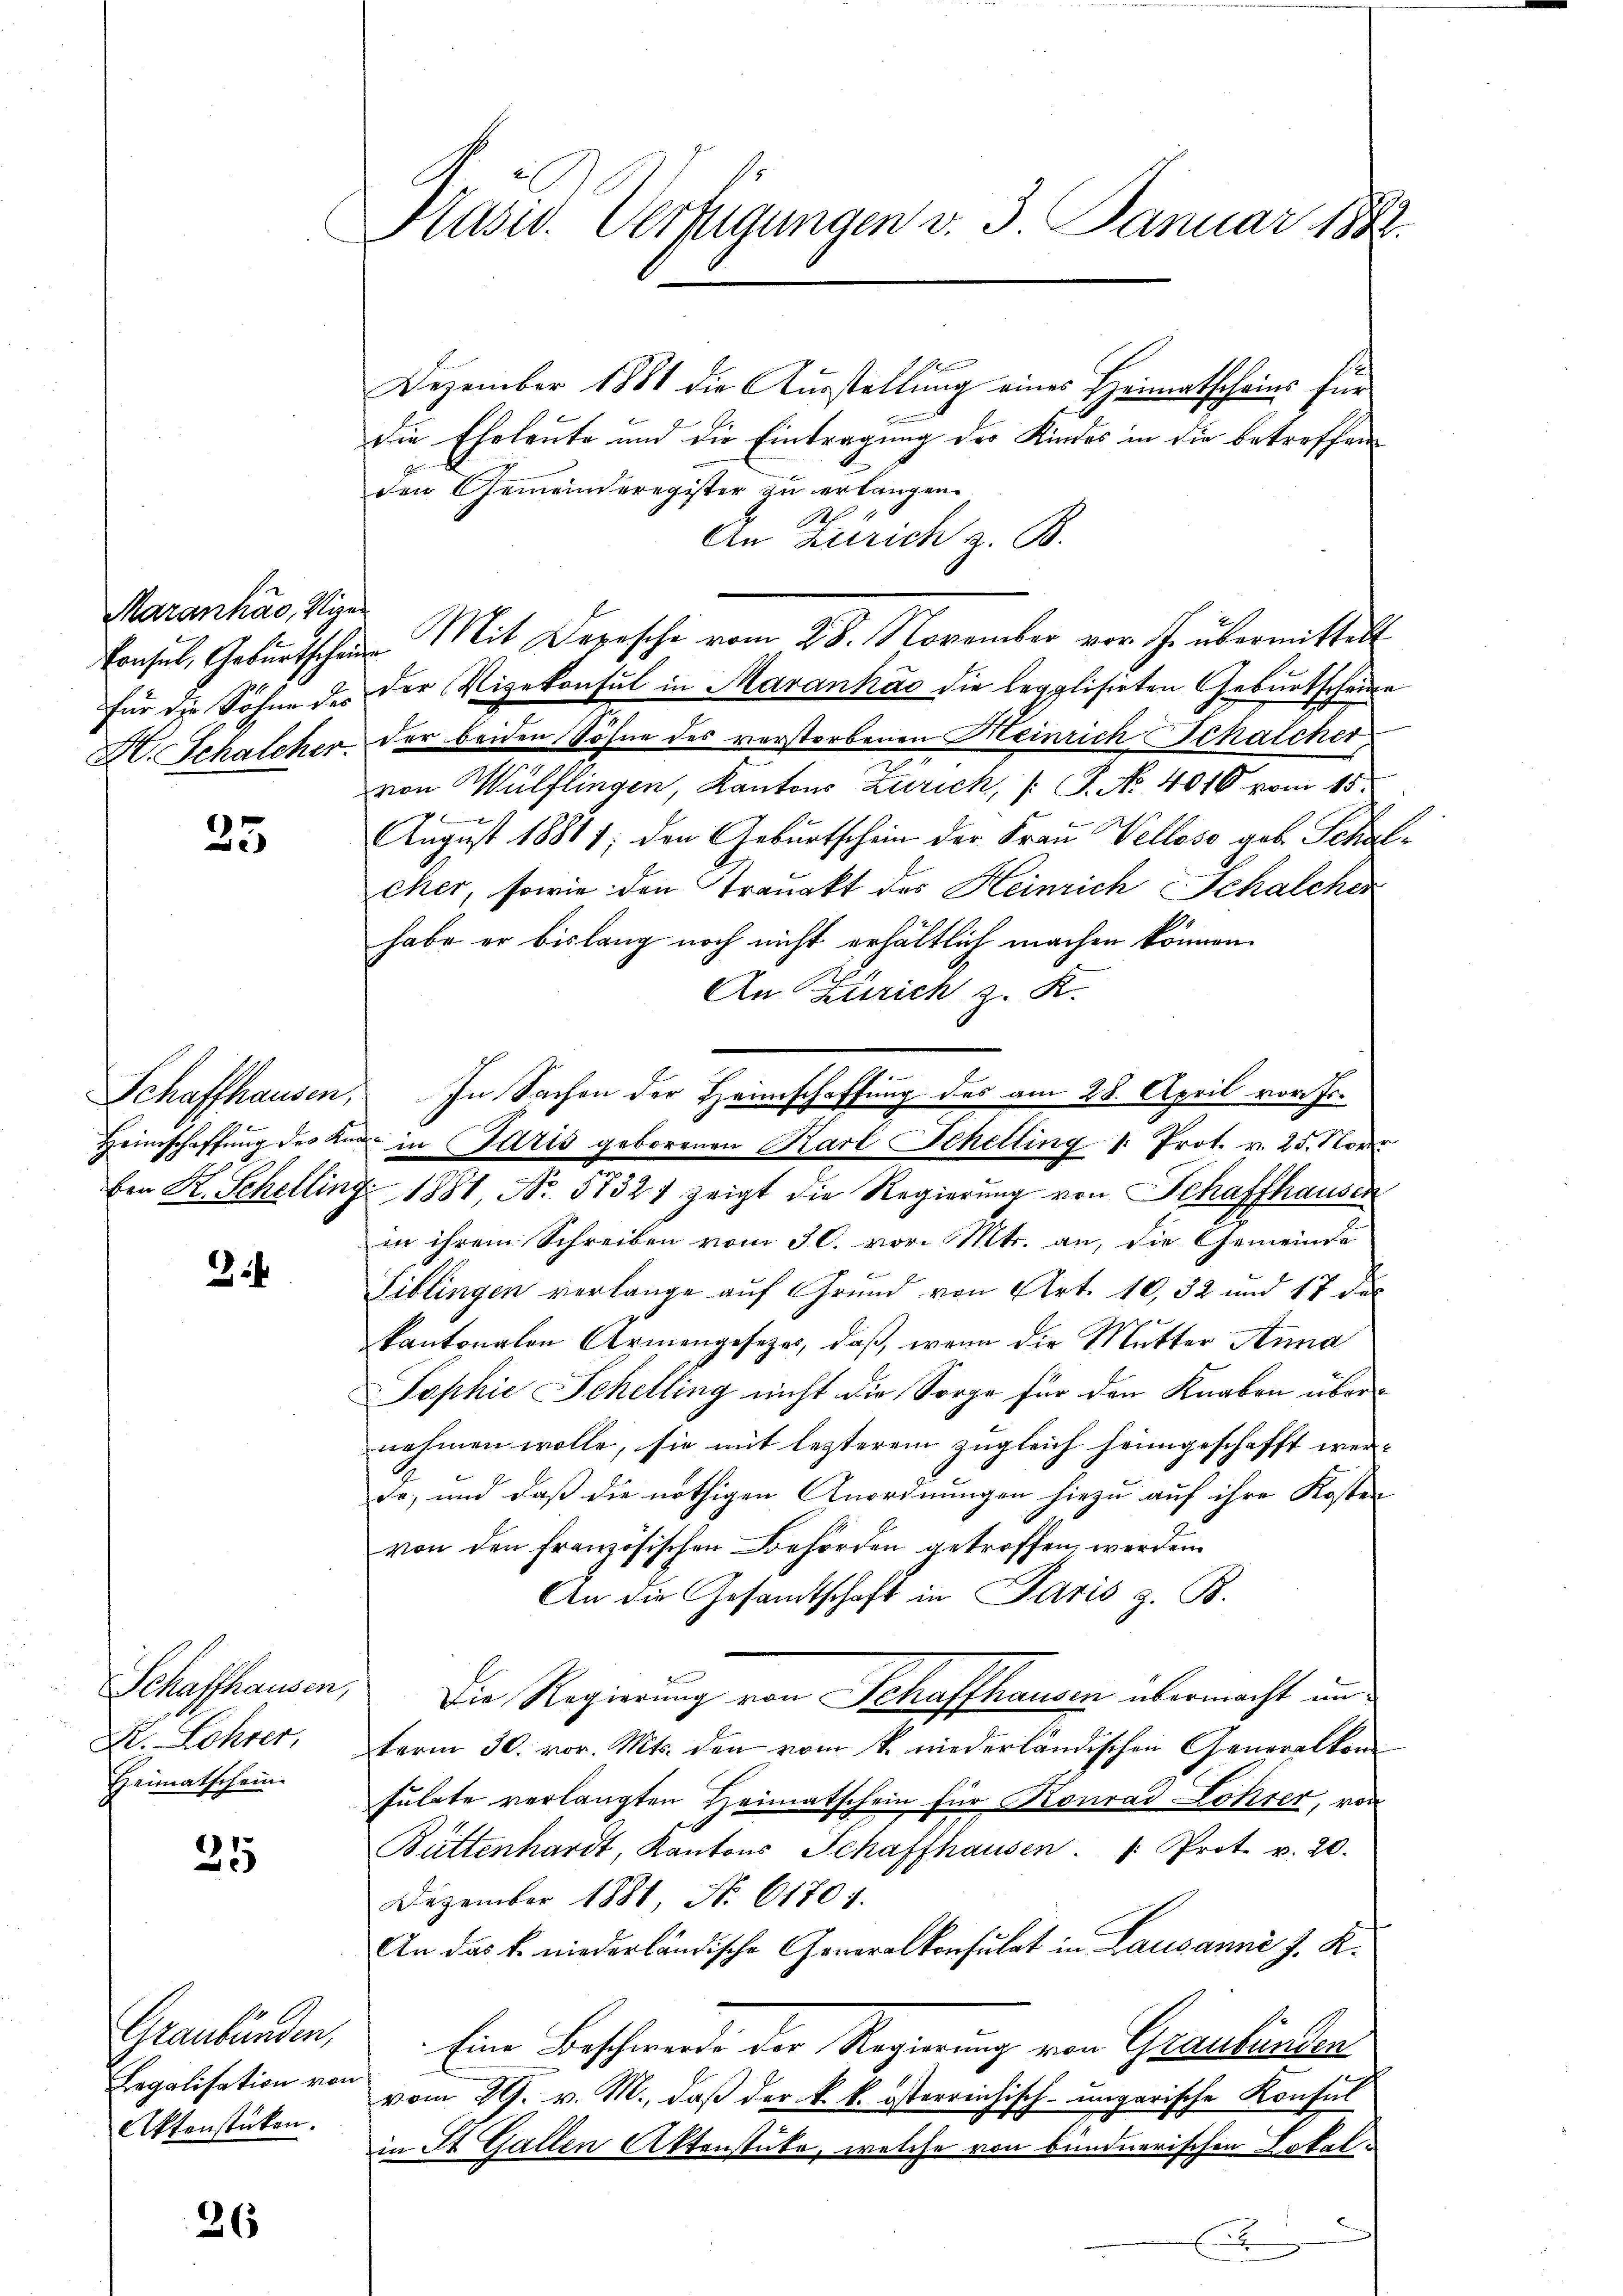
Maranhao, Vizer

35

34

355

26

Heimatschein

Graubünden,
Legalisation von
Aktenstücken.

Kasid. Verfügungen v. 3. Januar 1882.

Dezember 1881 die Ausstellung eines Heimatscheins für
die Eheleute und die Eintragung des Kindes in die betreffen
dem Gemeinderegister zu erlangen.
E
An Zürich z. B.
Consul, Geburtschen Mit Depesche vom 28. November vor J. übermittelt
für die Söhne des der Vizekonsul in Maranhác die legalisirten Geburtscheine
X. Schalcher der beiden Söhne des verstorbenen Meinrich Schalcher
von Wülflingen, Kantons Zürich, (: P. No. 4016 vom 15.
d
August 18817; den Geburtschein der Frau Wellose geb. Schulcher, sowie den Traunkt des Heinrich Schalcher
habe er bislang noch nicht erhältlich machen können.
An Zürich z. K.
Schaffhausen. In Sachen der Heimschaffung des am 28. April vor Jo¬
Heimschaffŭng des Kna in Paris geborenen Karl Schelling 1. Prot. v. 25. Nover
ben K. Schelling 1881, No. 57321 zeigt die Regierŭng von Schaffhausen
in ihrem Schreiben vom 30. vor. Mts. an, die Gemeinde
Tiblingen verlange auf Grund von Art. 10,32 und 17 des
kantonalen Armengesetzes, daß, wenn die Mutter Anna
Sophie Schelling nicht die Sorge für den Knaben übernahmen wolle, sie mit lezterem zugleich heimgeschafft werde, und daß die nöthigen Anordnungen hiezu auf ihre Kosten
von den französischen Behörden getroffen werden
An die Gesandtschaft in Paris z. B.
Schaffhausen, Die Regierung von Schaffhausen übermacht un¬
K. Lohrer, term 30. vor. Mts. den vom 1. niederländischen Generalkomsulate verlangten Heimatschein für Konrad Lohrer, von
Büttenhardt, Kantons Schaffhausen. " Prot. v. 20.
Dezember 1881, Nr. 61701.
An das k. niederländische Generalkonsulat in Lausanne J. K.
Eine Beschwerde der Regierung von Graulinen
vom 29. v. M., daß der k. k. österreichisch-ungarische Konsul
in St. Gallen Aktenstücke, welche von bundnerischen Lokal¬
E